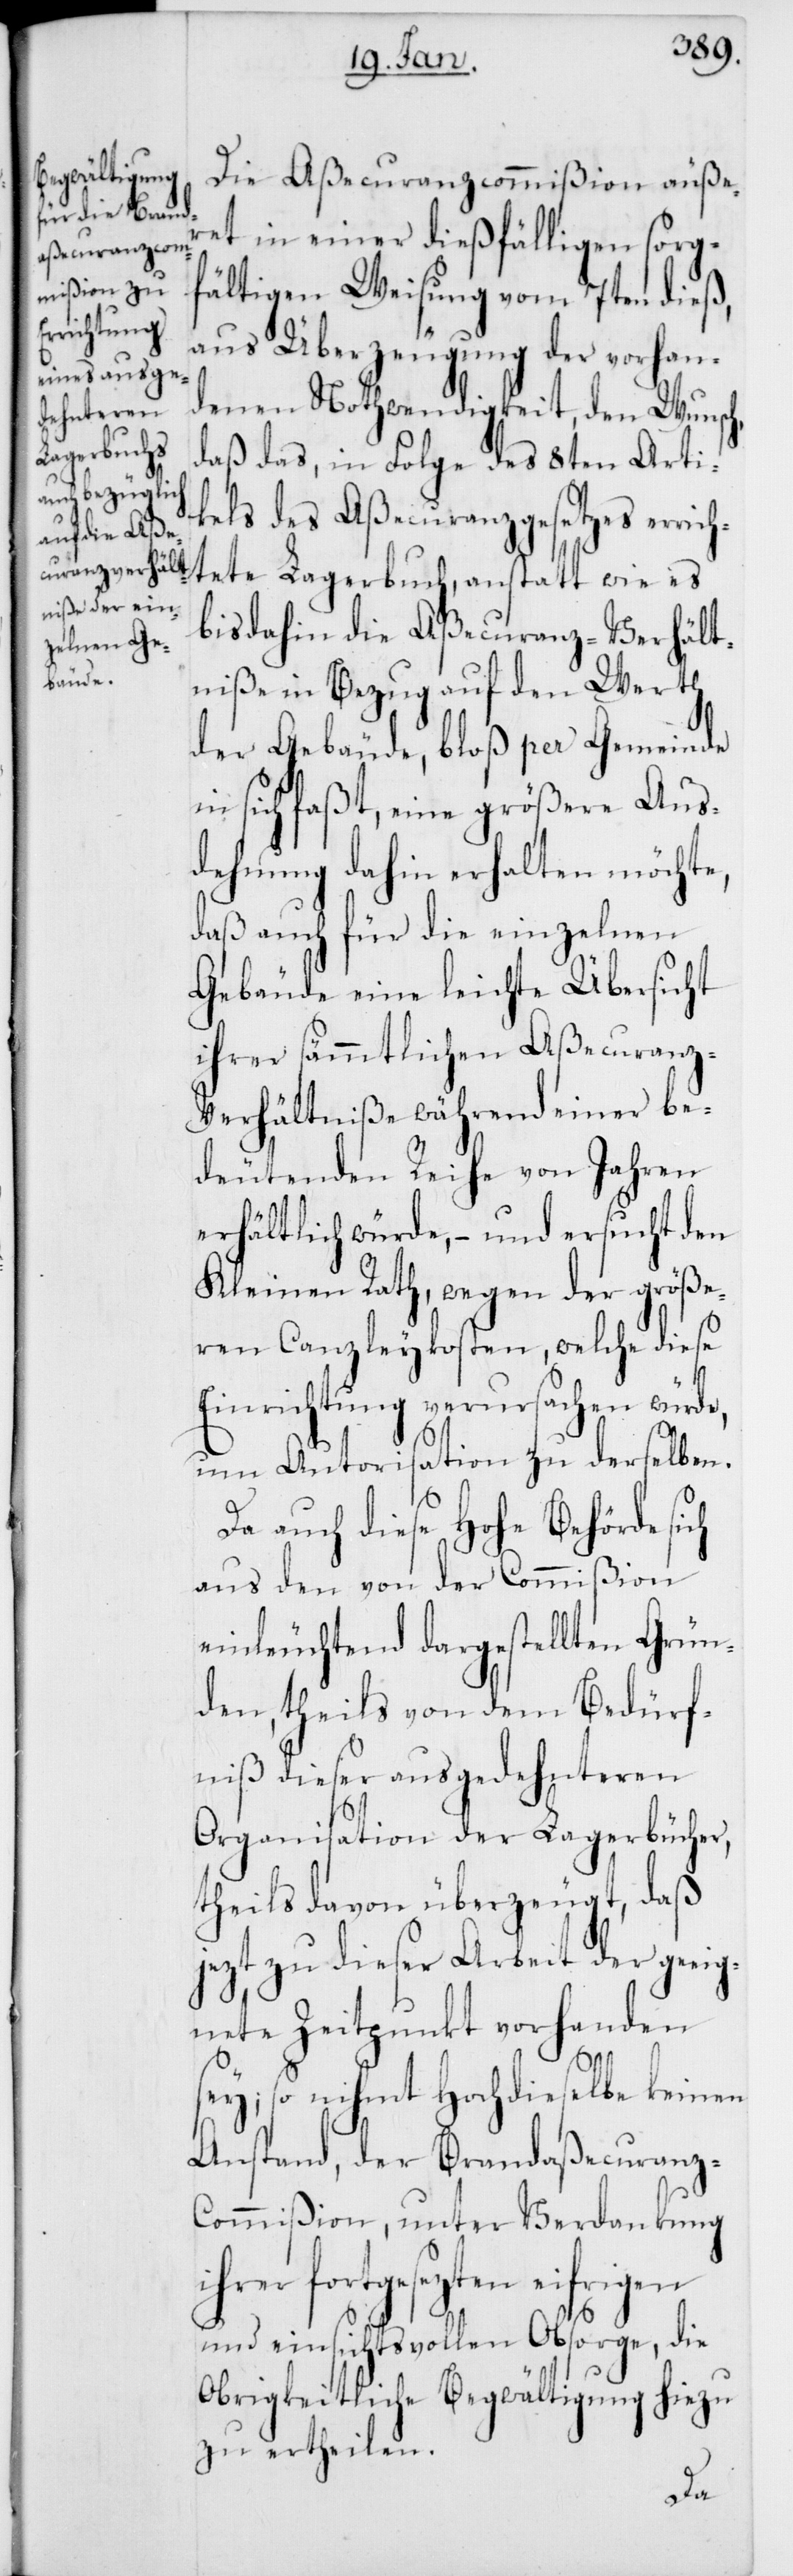
Die Aßecuranzcommißion äußer¬
et in einer dießfälligen sorg¬
fältigen Weisung vom 7ten dieß,
aus Überzeugung der vorhan¬
denen Nothwendigkeit, den Wunsc¬
heilen.
daß das, in Folge des 8ten Arti¬
kels des Aßecuranzgesetzes er¬
richtete Lagerbuch, anstatt wie es
bis dahin die Aßecuranz-Verhält¬
niße in Bezug auf den Werth
der Gebäude, bloß per Gemeinde
in sich faßt, eine größere Aus¬
dehnung dahin erhalten möchte,
daß auch für die einzelnen
Gebäude eine leichte Übersicht
ihrer sämmtlichen Aßecuran¬
z-Verhältniße während einer be¬
deutenden Reihe von Jahren
erhältlich würde, – und ersucht den
Kleinen Rath, wegen der größe¬
ren Canzleykosten, welche diese
Einrichtung verursachen würde,
um Autorisation zu derselben.
Da auch diese Hohe Behörde sich
aus den von der Commißion
einleuchtend dargestellten Grün¬
den, theils von dem Bedürf¬
niß dieser ausgedehnteren
Organisation der Lagerbücher,
theils davon überzeugt, daß
jezt zu dieser Arbeit der geeig¬
nete Zeitpunkt vorhanden
sey; so nihmt Hochdieselbe keinen
Anstand, der Brandaßecuranz-C¬
ommißion, unter Verdankung
hrer fortgesezten eifrigen
und einsichtsvollen Obsorge, die
Obrigkeitliche Begwältigung hiezu
i¬
zu ert¬